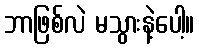
ဘာဖြစ်လဲ မသွားနဲ့ပေါ့။